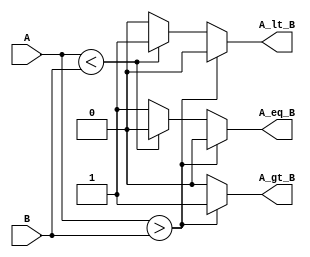
module ParameterizedComparator #(parameter WIDTH = 8) (
    input  [WIDTH-1:0] A,
    input  [WIDTH-1:0] B,
    output reg A_gt_B,
    output reg A_lt_B,
    output reg A_eq_B
);

    always @(*) begin
        // Initialize output signals
        A_gt_B = 1'b0;
        A_lt_B = 1'b0;
        A_eq_B = 1'b0;

        // Compare A and B
        if (A > B) begin
            A_gt_B = 1'b1;
        end else if (A < B) begin
            A_lt_B = 1'b1;
        end else begin
            A_eq_B = 1'b1;
        end
    end

endmodule